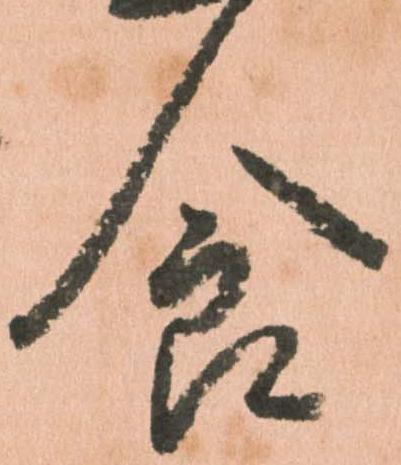
食